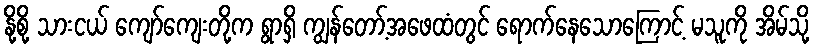
နို့စို့ သားငယ် ကျော်ကျေးတို့က ရွာရှိ ကျွန်တော့်အဖေထံတွင် ရောက်နေသောကြောင့် မသူကို အိမ်သို့